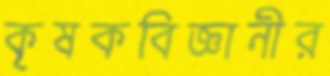
কৃষকবিজ্ঞানীর